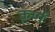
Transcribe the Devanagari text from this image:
क़र्ण